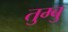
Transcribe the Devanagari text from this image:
तुम्बु